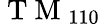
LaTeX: \mathrm{~T~M~}_{110}